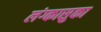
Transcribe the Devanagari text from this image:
लंग्कासुका